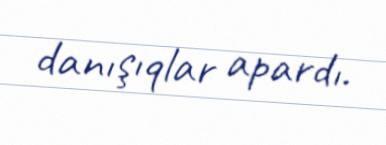
danışıqlar apardı.